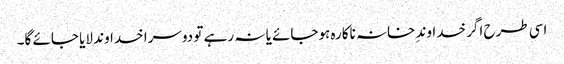
اسی طرح اگر خداوندِ خانہ ناکارہ ہوجائے یا نہ رہے تو دوسرا خداوند لایا جائے گا۔